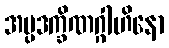
အပ္ပဒက္ခိဏဂ္ဂါဟိနော